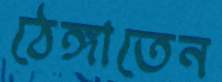
ঠেঙ্গাতেন